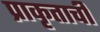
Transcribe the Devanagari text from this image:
प्राकृताची